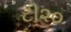
ટી૨૦